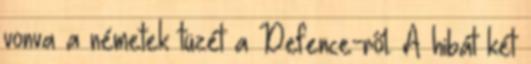
vonva a németek tüzét a Defence-ről. A hibát két